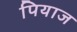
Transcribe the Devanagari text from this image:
पियाज